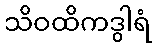
သိဝထိကဒွါရံ